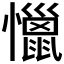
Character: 𰒞